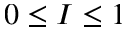
0 \leq I \leq 1